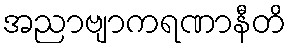
အညာဗျာကရဏာနီတိ